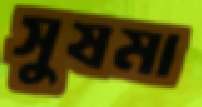
সুষমা